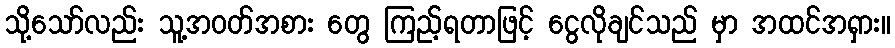
သို့သော်လည်း သူ့အဝတ်အစား တွေ ကြည့်ရတာဖြင့် ငွေလိုချင်သည် မှာ အထင်အရှား။